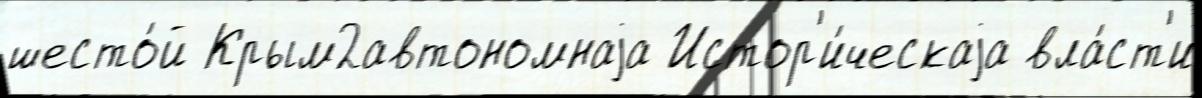
шесто́й Крым2автономнаjа Истор'и́ческаjа вла́ст'и